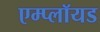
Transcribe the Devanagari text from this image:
एम्प्लॉयड